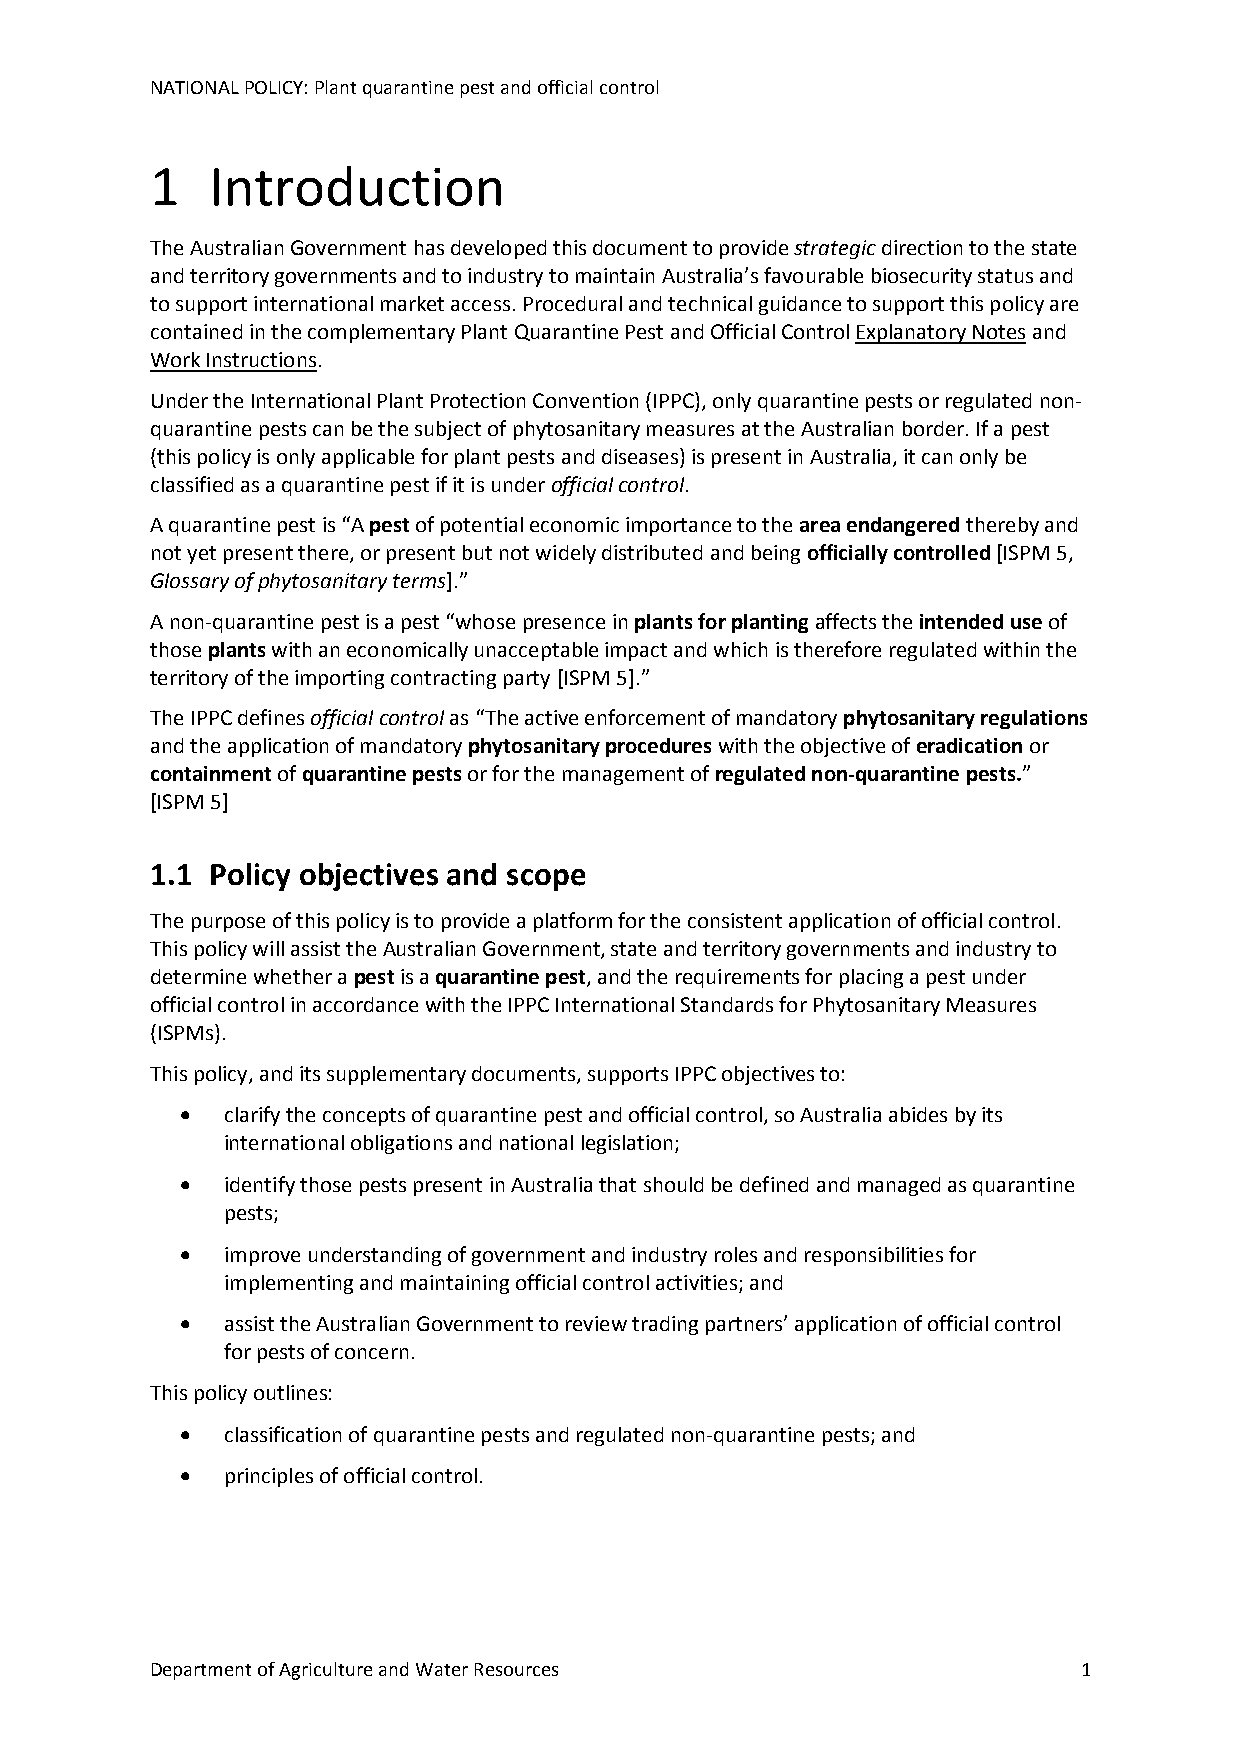
NATIONAL POLICY: Plant quarantine pest and official control
 1   Introduction
 The Australian Government has developed this document to provide strategic direction to the state
 and territory governments and to industry to maintain Australia’s favourable biosecurity status and
 to support international market access. Procedural and technical guidance to support this policy are
 contained in the complementary Plant Quarantine Pest and Official Control Explanatory Notes and
 Work Instructions.
 Under the International Plant Protection Convention (IPPC), only quarantine pests or regulated non-
 quarantine pests can be the subject of phytosanitary measures at the Australian border. If a pest
 (this policy is only applicable for plant pests and diseases) is present in Australia, it can only be
 classified as a quarantine pest if it is under official control.
 A quarantine pest is “A pest of potential economic importance to the area endangered thereby and
 not yet present there, or present but not widely distributed and being officially controlled [ISPM 5,
 Glossary of phytosanitary terms].”
 A non-quarantine pest is a pest “whose presence in plants for planting affects the intended use of
 those plants with an economically unacceptable impact and which is therefore regulated within the
 territory of the importing contracting party [ISPM 5].”
 The IPPC defines official control as “The active enforcement of mandatory phytosanitary regulations
 and the application of mandatory phytosanitary procedures with the objective of eradication or
 containment of quarantine pests or for the management of regulated non-quarantine pests.”
 [ISPM 5]
 1.1 Policy objectives and scope
 The purpose of this policy is to provide a platform for the consistent application of official control.
 This policy will assist the Australian Government, state and territory governments and industry to
 determine whether a pest is a quarantine pest, and the requirements for placing a pest under
 official control in accordance with the IPPC International Standards for Phytosanitary Measures
 (ISPMs).
 This policy, and its supplementary documents, supports IPPC objectives to:
   clarify the concepts of quarantine pest and official control, so Australia abides by its
 international obligations and national legislation;
   identify those pests present in Australia that should be defined and managed as quarantine
 pests;
   improve understanding of government and industry roles and responsibilities for
 implementing and maintaining official control activities; and
   assist the Australian Government to review trading partners’ application of official control
 for pests of concern.
 This policy outlines:
   classification of quarantine pests and regulated non-quarantine pests; and
   principles of official control.
 Department of Agriculture and Water Resources                 1